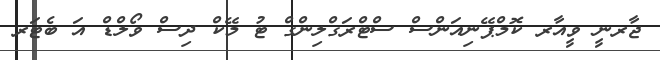
ޖާރނީ ވީއާރ ކޮމްޕޭނިއަންސް ސްޓްރަގްލިންގް ޓު މޭކް ދިސް ވޯލްޑް އަ ބެޓަރ